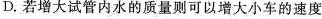
D.若增大试管内水的质量则可以增大小车的速度